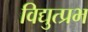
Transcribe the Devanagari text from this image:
विद्युत्प्रभ